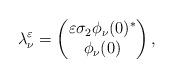
LaTeX: \begin{gather*}\lambda^\varepsilon_\nu=\begin{pmatrix}\varepsilon \sigma_2\phi_\nu(0)^*\\\phi_\nu(0)\end{pmatrix},\end{gather*}